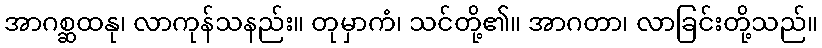
အာဂစ္ဆထနု၊ လာကုန်သနည်း။ တုမှာကံ၊ သင်တို့၏။ အာဂတာ၊ လာခြင်းတို့သည်။